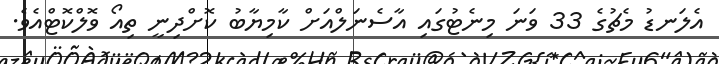
އެލަނޑު މެޗުގެ 33 ވަނަ މިނެޓުގައި އާސެނަލްއަށް ކާމިޔާބު ކޮށްދިނީ ތިއޯ ވޮލްކޮޓްއެވެ.